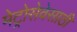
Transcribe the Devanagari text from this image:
मेट्रोसेवेसाठी